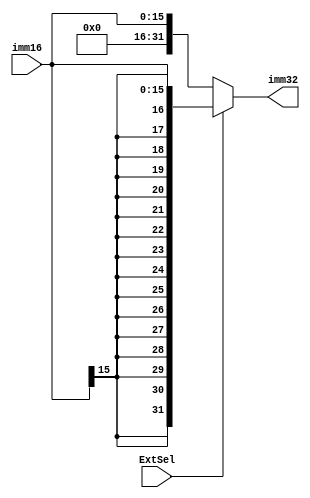
`timescale 1ns / 1ps

module extend(
    input [15:0]imm16,
    input ExtSel,
    output [31:0]imm32
);
    
    assign imm32 = ExtSel? {{16{imm16[15]}},imm16}:{16'b0,imm16};
endmodule